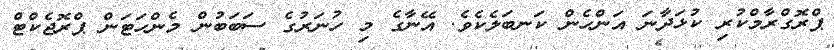
ޕްރޮގްރާމްކުރި ކުޅަދާނަ އަންހެން ކަނބަލެކެވެ. އޭނާގެ މި ހުނަރުގެ ސަބަބުން މެންހަޓަން ޕްރޮޖެކްޓް